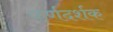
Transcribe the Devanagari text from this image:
कर्णदर्शक